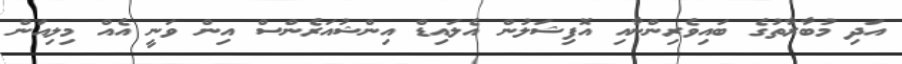
އަދި މުބާރާތުގެ ބައިވެރިންނާއި އޮފިޝަލުން އެލައިޑް އިންޝުއަރެންސް އިން ވަނީ އެއް މިލިއަން